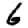
Digit: 6